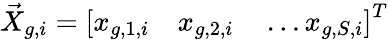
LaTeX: \vec{X}_{g,i}=\left[x_{g,1,i}\quad x_{g,2,i}\quad\ldots x_{g,S,i}\right]^{T}